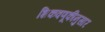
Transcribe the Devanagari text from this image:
शिकवणूकीनुसार